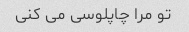
تو مرا چاپلوسی می کنی